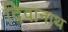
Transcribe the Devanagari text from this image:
दिवानाथ